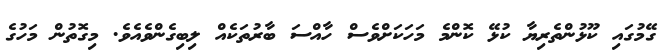
ގޭމުގައި ކޫޅުންތެރިޔާ ކުޅޭ ކޮންމެ މަހަކަށްވެސް ހާއްސަ ބާރުތަކެއް ލިބިގެންވެއެވެ. މިގޮތުން މަހުގެ